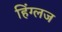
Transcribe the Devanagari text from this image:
हिंग्लज